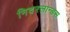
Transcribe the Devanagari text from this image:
निदरलान्डस